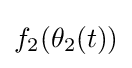
f_{2}(\theta _{2}(t))